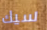
سيك